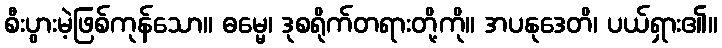
စီးပွားမဲ့ဖြစ်ကုန်သော။ ဓမ္မေ၊ ဒုစရိုက်တရားတို့ကို။ အပနုဒေတိ၊ ပယ်ရှား၏။